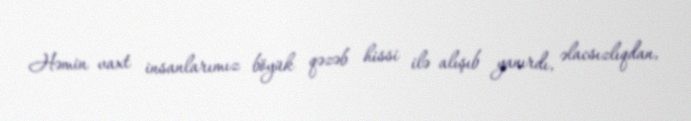
Həmin vaxt insanlarımız böyük qəzəb hissi ilə alışıb yanırdı, əlacsızlıqdan,